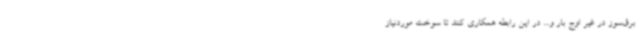
برق‌سوز در غیر اوج بار و... در این رابطه همکاری کنند تا سوخت موردنیاز